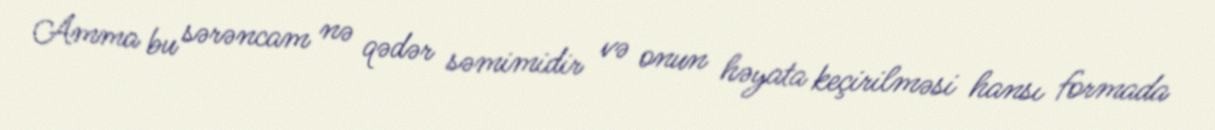
Amma bu sərəncam nə qədər səmimidir və onun həyata keçirilməsi hansı formada